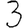
Digit: 3